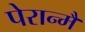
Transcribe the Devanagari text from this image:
पेरान्मै